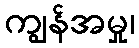
ကျွန်အမှု၊